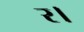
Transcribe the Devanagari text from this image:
र।